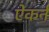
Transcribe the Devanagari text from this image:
ऐकर्न